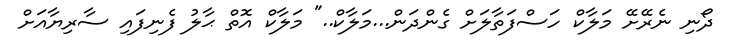
ދޯނި ނެރޭށޭ މަލާކް ހަސްފަތާލަށް ގެންދަން...މަލާކް.." މަލާކް އޮތް ޙާލު ފެނިފައި ސާރިޔާއަށް